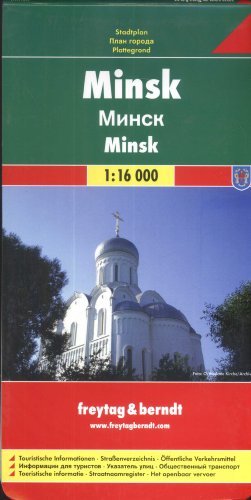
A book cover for Minsk (City Map); Freytag-Berndt und Artaria; Travel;